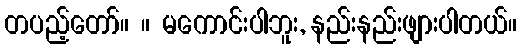
တပည့်တော်။ ။ မကောင်းပါဘူး, နည်းနည်းဖျားပါတယ်။